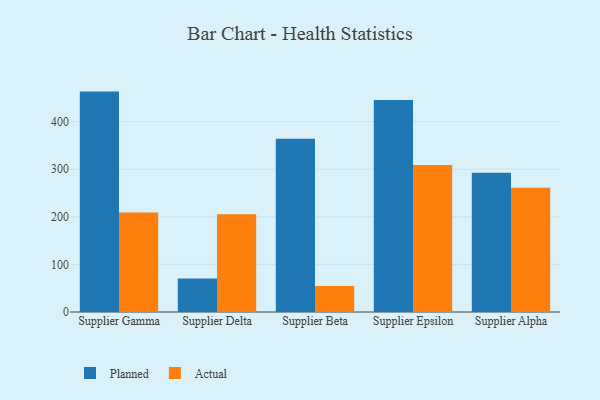
{"axis": {"x": "Supplier", "y": "Tickets Resolved"}, "legend": ["Actual", "Planned"], "data": [{"x": "Supplier Gamma", "y": 463.2, "type": "Planned"}, {"x": "Supplier Gamma", "y": 209.0, "type": "Actual"}, {"x": "Supplier Delta", "y": 70.3, "type": "Planned"}, {"x": "Supplier Delta", "y": 205.5, "type": "Actual"}, {"x": "Supplier Beta", "y": 364.0, "type": "Planned"}, {"x": "Supplier Beta", "y": 54.7, "type": "Actual"}, {"x": "Supplier Epsilon", "y": 445.8, "type": "Planned"}, {"x": "Supplier Epsilon", "y": 308.9, "type": "Actual"}, {"x": "Supplier Alpha", "y": 292.7, "type": "Planned"}, {"x": "Supplier Alpha", "y": 261.2, "type": "Actual"}]}